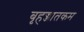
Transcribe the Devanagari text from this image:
बृहज्जातकम